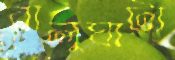
বালুঘাটা